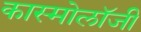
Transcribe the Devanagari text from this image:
कास्मोलॉजी